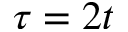
\tau = 2 t